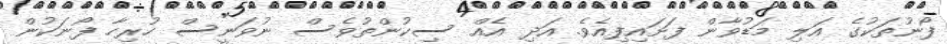
ފޯނުތަކުގެ އަލި މަޑުވާން ފަށައިފިއެވެ. އަދި އެއް ސިކުންތުވެސް ނުވަނީސް ހުރިހާ ފޯނަކުން